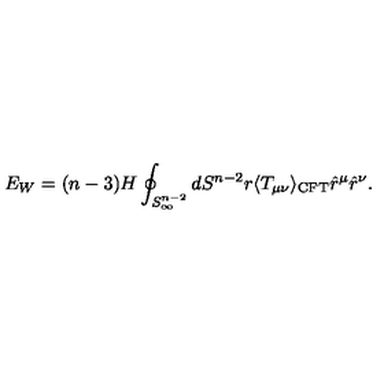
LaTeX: E _ { W } = ( n - 3 ) H \oint _ { S _ { \infty } ^ { n - 2 } } d S ^ { n - 2 } r \langle T _ { \mu \nu } \rangle _ { \mathrm { C F T } } \hat { r } ^ { \mu } \hat { r } ^ { \nu } .